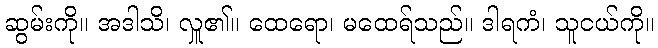
ဆွမ်းကို။ အဒါသိ၊ လှူ၏။ ထေရော၊ မထေရ်သည်။ ဒါရကံ၊ သူငယ်ကို။